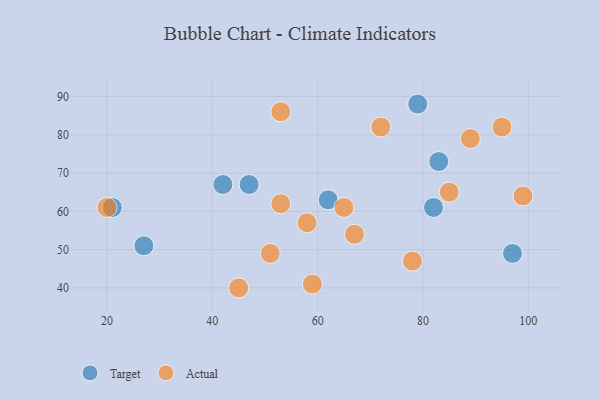
{"axis": {"x": "GDP", "y": "Life Expectancy"}, "legend": ["Actual", "Target"], "data": [{"x": "47", "y": 67, "type": "Target"}, {"x": "83", "y": 73, "type": "Target"}, {"x": "62", "y": 63, "type": "Target"}, {"x": "42", "y": 67, "type": "Target"}, {"x": "27", "y": 51, "type": "Target"}, {"x": "97", "y": 49, "type": "Target"}, {"x": "79", "y": 88, "type": "Target"}, {"x": "21", "y": 61, "type": "Target"}, {"x": "82", "y": 61, "type": "Target"}, {"x": "20", "y": 61, "type": "Actual"}, {"x": "67", "y": 54, "type": "Actual"}, {"x": "85", "y": 65, "type": "Actual"}, {"x": "99", "y": 64, "type": "Actual"}, {"x": "78", "y": 47, "type": "Actual"}, {"x": "51", "y": 49, "type": "Actual"}, {"x": "72", "y": 82, "type": "Actual"}, {"x": "59", "y": 41, "type": "Actual"}, {"x": "65", "y": 61, "type": "Actual"}, {"x": "53", "y": 86, "type": "Actual"}, {"x": "89", "y": 79, "type": "Actual"}, {"x": "53", "y": 62, "type": "Actual"}, {"x": "95", "y": 82, "type": "Actual"}, {"x": "45", "y": 40, "type": "Actual"}, {"x": "58", "y": 57, "type": "Actual"}]}